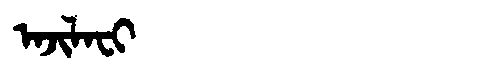
Manchu: ᠠᠵᡳᠯᠠᠸᡳ
Romanization: AJILAFI